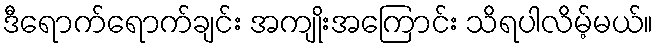
ဒီရောက်ရောက်ချင်း အကျိုးအကြောင်း သိရပါလိမ့်မယ်။